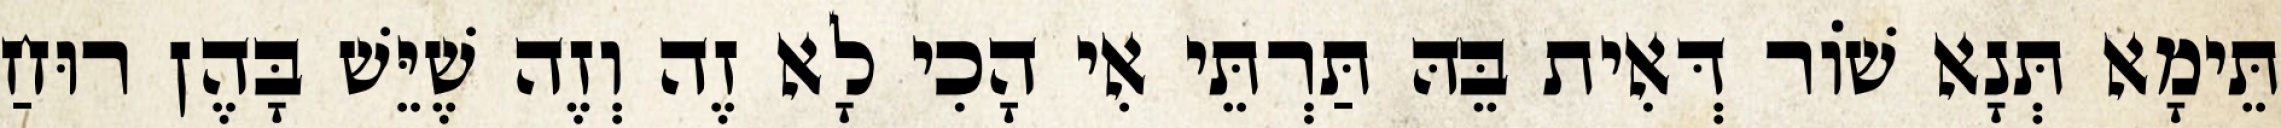
תֵּימָא תְּנָא שׁוֹר דְּאִית בֵּהּ תַּרְתֵּי אִי הָכִי לָא זֶה וְזֶה שֶׁיֵּשׁ בָּהֶן רוּחַ